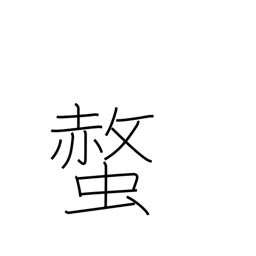
Meaning: bee sting